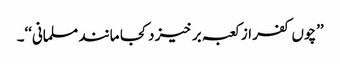
’’چوں کفر از کعبہ بر خیز د کجا مانند مسلمانی‘‘۔